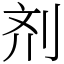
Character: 剂